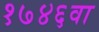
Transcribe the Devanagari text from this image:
१७४६वा